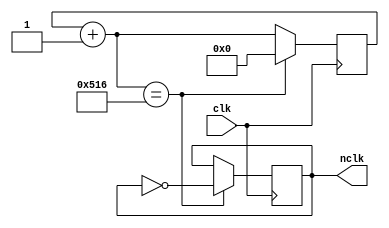
`timescale 1ns / 1ps
//////////////////////////////////////////////////////////////////////////////////
// Company: 
// Engineer: 
// 
// Design Name: 
// Module Name:    fd 
// Project Name: 
// Target Devices: 
// Tool versions: 
// Description: 
//
// Dependencies: 
//
// Revision: 
// Revision 0.01 - File Created
// Additional Comments: 
//
//////////////////////////////////////////////////////////////////////////////////
module fd(clk,nclk);
	input clk;
	output reg nclk;
	reg [10:0] count;
	initial begin
		nclk=0;
		count=0;
	end
	always @(posedge clk) begin
		count=count+1;
		if((count==11'd1302)) begin
			nclk=~nclk;
			count=0;
		end
	end
endmodule